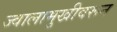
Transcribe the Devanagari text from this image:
ज्वालामुखीवरून